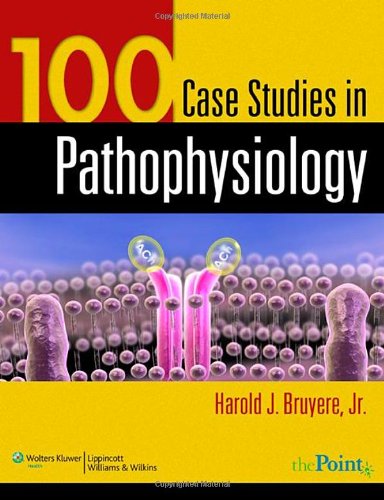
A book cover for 100 Case Studies in Pathophysiology; Harold J. Bruyere Jr.  PhD; Medical Books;